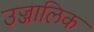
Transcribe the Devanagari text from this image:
उज्जालिक